画像に写った文字を読んでください
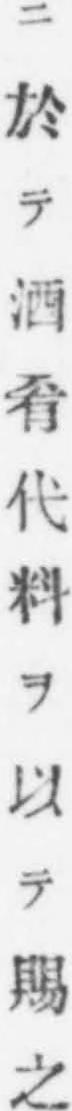
「ニ於テ酒肴代料ヲ以テ賜之」と書いてあります